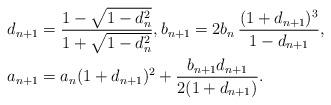
LaTeX: \begin{align*}d_{n+1} &= \frac{1-\sqrt{1-d_n^2}}{1+\sqrt{1-d_n^2}}, b_{n+1} = 2 b_n \, \frac{(1+d_{n+1})^3}{1-d_{n+1}}, \\a_{n+1} &= a_n (1+d_{n+1})^2 + \frac{b_{n+1} d_{n+1}}{2(1+d_{n+1})} .\end{align*}